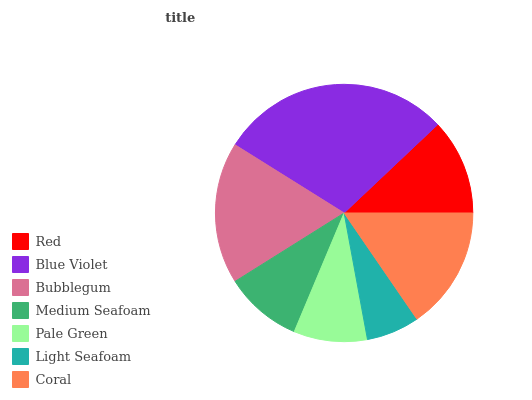
| Red | Blue Violet | Bubblegum | Medium Seafoam | Pale Green | Light Seafoam | Coral |
 | --- | --- | --- | --- | --- | --- | --- |
 | 12% | 29.1% | 17.8% | 9.75% | 9.22% | 6.66% | 15.4% |